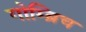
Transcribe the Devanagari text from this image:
गोम्ब्रिच